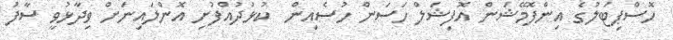
ހޮސްޕިޓަލުގެ އިންފޮމޭޝަން އޮފިޝަލް ހަސަން ހުސެއިން  ކުޅުދުއްފުށި އޮންލައިނަށް ވިދާޅުވީ ސާފު